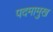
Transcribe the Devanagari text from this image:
पदमामुख